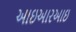
આઇઆરઆઇ